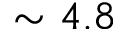
\sim 4 . 8